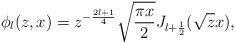
LaTeX: \begin{align*}\phi_l(z,x) = z^{-\frac{2l+1}{4}} \sqrt{\frac{\pi x}{2}} J_{l+\frac{1}{2}}(\sqrt{z} x),\end{align*}